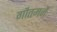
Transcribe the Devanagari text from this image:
गौतमने